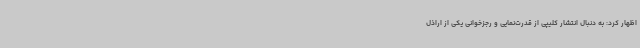
اظهار کرد: به دنبال انتشار کلیپی از قدرت‌نمایی و رجزخوانی یکی از اراذل